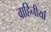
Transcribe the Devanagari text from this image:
वाहिनीयां